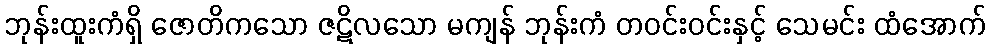
ဘုန်းထူးကံရှိ ဇောတိကသော ဇဋိလသော မကျန် ဘုန်းကံ တဝင်းဝင်းနှင့် သေမင်း ထံအောက်